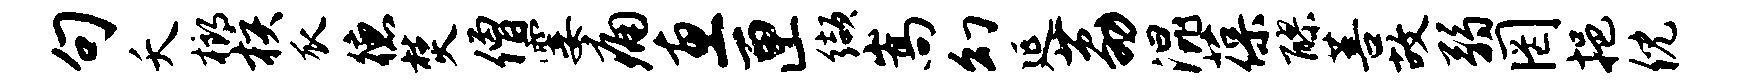
句夭榔核瓜德焚僧霎痛惠匣缬嵩幻延荔混葆醪菩故弱罔挹倪